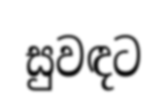
සුවඳට